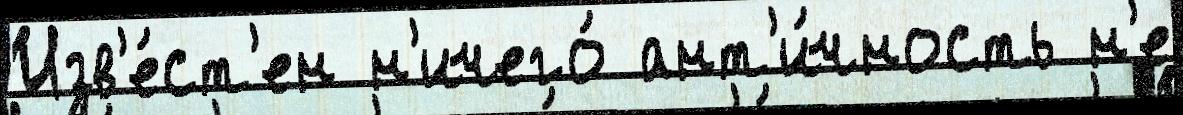
Изв'е́ст'ен н'ичего́ ант'и́чность н'е